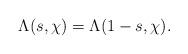
LaTeX: \begin{align*} \Lambda(s, \chi) = \Lambda(1-s, \chi).\end{align*}